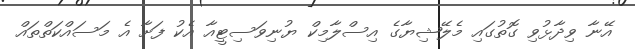
އޭނާ ވިދާޅުވި ގޮތުގައި މެލޭޝިޔާގެ އިސްލާމިކް ޔުނިވަސިޓީއާ އެކު ފަށާ އެ މަސައްކަތްތައް